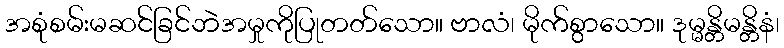
အစုံစမ်းမဆင်ခြင်ဘဲအမှုကိုပြုတတ်သော။ ဗာလံ၊ မိုက်စွာသော။ ဒုမ္မန္တိမန္တိနံ၊